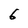
Character: 6